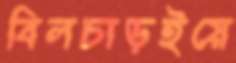
বিলচাড়ইয়ে